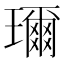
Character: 𤪙